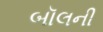
બૉલની